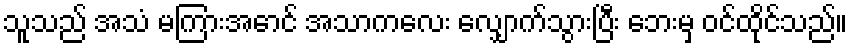
သူသည် အသံ မကြားအောင် အသာကလေး လျှောက်သွားပြီး ဘေးမှ ဝင်ထိုင်သည်။